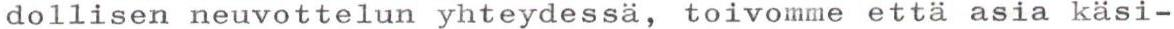
dollisen neuvottelun yhteydessä, toivomme että asia käsi-